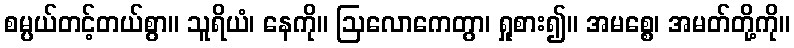
စမ္ပယ်တင့်တယ်စွာ။ သူရိယံ၊ နေကို။ ဩလောကေတွာ၊ ရှုစား၍။ အမစ္စေ၊ အမတ်တို့ကို။